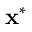
\mathbf { x } ^ { * }